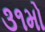
૩૧મો